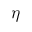
\eta